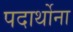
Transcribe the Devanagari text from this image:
पदार्थोना